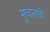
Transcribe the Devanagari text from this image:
मुचलके